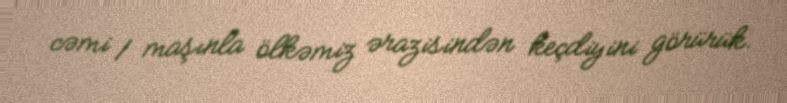
cəmi 1 maşınla ölkəmiz ərazisindən keçdiyini görürük.